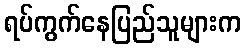
ရပ်ကွက်နေပြည်သူများက